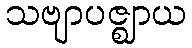
သဗျာပဇ္ဈာယ